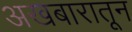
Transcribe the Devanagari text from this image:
अखबारातून